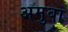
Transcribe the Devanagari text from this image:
अमुबा